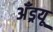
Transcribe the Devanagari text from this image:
अँड्रयू